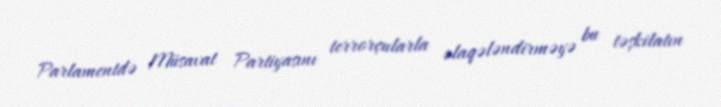
Parlamentdə Müsavat Partiyasını terrorçularla əlaqələndirməyə bu təşkilatın